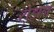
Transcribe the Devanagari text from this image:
रोझन